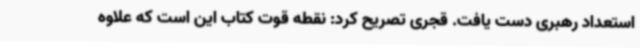
استعداد رهبری دست یافت. قجری تصریح کرد: نقطه قوت کتاب این است که علاوه